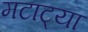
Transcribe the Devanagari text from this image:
मटाट्या